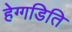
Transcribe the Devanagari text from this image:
हेग्गडिति